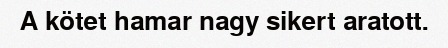
A kötet hamar nagy sikert aratott.